Vaccination in Burma 1889-1999 - 1889-1999
Year: 1889
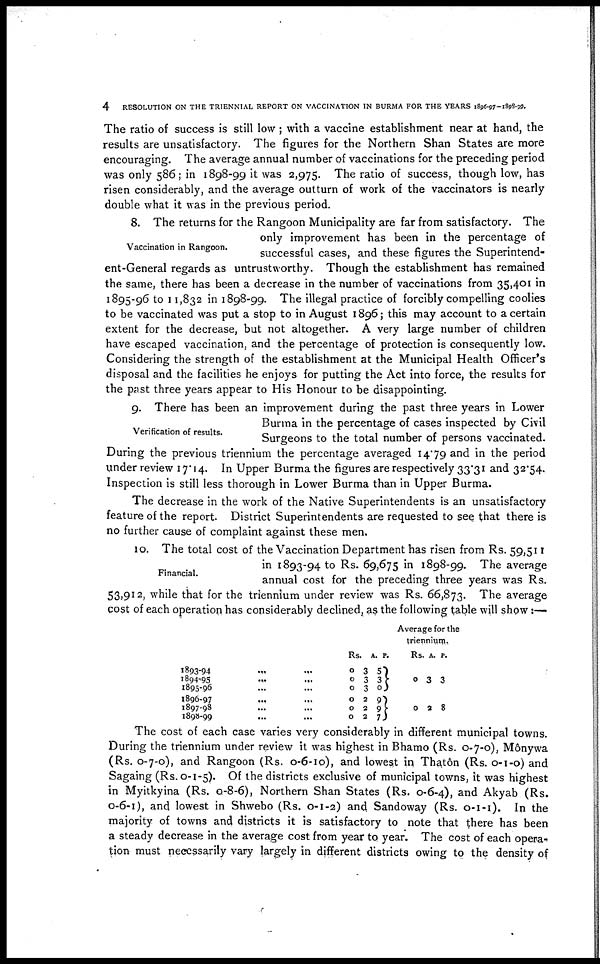
4
RESOLUTION ON THE TRIENNIAL REPORT ON VACCINATION IN BURMA FOR THE YEARS 1896-97-1898-99.
The ratio of success is still low ; with a vaccine establishment near at hand, the
results are unsatisfactory. The figures for the Northern Shan States are more
encouraging. The average annual number of vaccinations for the preceding period
was only 586; in 1898-99 it was 2,975. The ratio of success, though low, has
risen considerably, and the average outturn of work of the vaccinators is nearly
double what it was in the previous period.
Vaccination in Rangoon.
8. The returns for the Rangoon Municipality are far from satisfactory. The
only improvement has been in the percentage of
successful cases, and these figures the Superintend-
ent-General regards as untrustworthy. Though the establishment has remained
the same, there has been a decrease in the number of vaccinations from 35,401 in
1895-96 to 11,832 in 1898-99. The illegal practice of forcibly compelling coolies
to be vaccinated was put a stop to in August 1896; this may account to a certain
extent for the decrease, but not altogether. A very large number of children
have escaped vaccination, and the percentage of protection is consequently low.
Considering the strength of the establishment at the Municipal Health Officer's
disposal and the facilities he enjoys for putting the Act into force, the results for
the past three years appear to His Honour to be disappointing.
Verification of results.
9. There has been an improvement during the past three years in Lower
Burma in the percentage of cases inspected by Civil
Surgeons to the total number of persons vaccinated.
During the previous triennium the percentage averaged 14.79 and in the period
under review 17.14. In Upper Burma the figures are respectively 33.31 and 32.54.
Inspection is still less thorough in Lower Burma than in Upper Burma.
The decrease in the work of the Native Superintendents is an unsatisfactory
feature of the report. District Superintendents are requested to see that there is
no further cause of complaint against these men.
Financial.
10. The total cost of the Vaccination Department has risen from Rs. 59,511
in 1893-94 to Rs. 69,675 in 1898-99. The average
annual cost for the preceding three years was Rs.
53,912, while that for the triennium under review was Rs. 66,873. The average
cost of each operation has considerably declined, as the following table will show:—
Average for the
triennium.
1893-94
...
...
1894-95
...
...
1895-96 ... ...
1896-97
...
...
1897-98 ... ...
1898-99 ... ...
Rs.
0
0
0
0
0
0
A.
3
3
3
2
2
2
P.
5 3
0
9
9 7
Rs.
0
0
A.
3
2
P.
3
8
The cost of each case varies very considerably in different municipal towns.
During the triennium under review it was highest in Bhamo (Rs. 0-7-0), Mônywa
(Rs. 0-7-0), and Rangoon (Rs. 0-6-10), and lowest in Thatôn (Rs. 0-1-0) and
Sagaing (Rs. 0-1-5). Of the districts exclusive of municipal towns, it was highest
in Myitkyina (Rs. 0-8-6), Northern Shan States (Rs. 0-6-4), and Akyab (Rs.
0-6-1), and lowest in Shwebo (Rs. 0-1-2) and Sandoway (Rs. 0-1-1). In the
majority of towns and districts it is satisfactory to note that there has been
a steady decrease in the average cost from year to year. The cost of each opera-
tion must necessarily vary largely in different districts owing to the density of